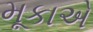
મૂકાએ